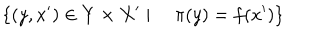
\{ ( y , x ^ { \prime } ) \in Y \times X ^ { \prime } \mid \quad \pi ( y ) = f ( x ^ { \prime } ) \}